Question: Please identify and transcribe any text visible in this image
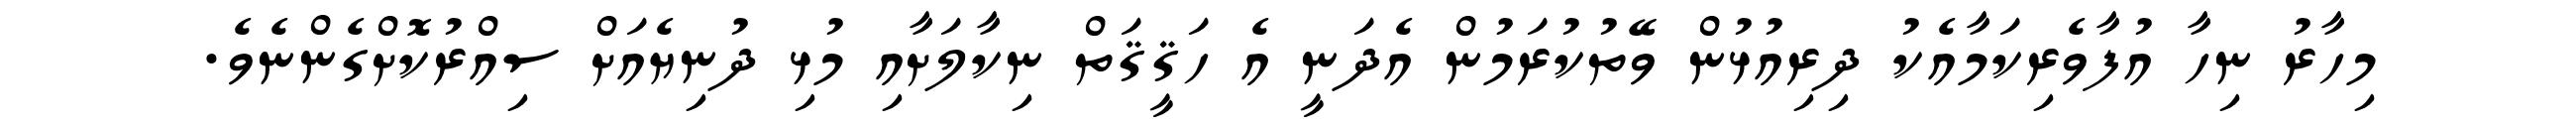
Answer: މިހާރު ނިހާ އުފާވެރިކަމާއެކު ދިރިއުޅުން ވޭތުކުރަމުން އެދަނީ އެ ހަޤީޤަތް ނިކާލަށާއި މުޅި ދުނިޔެއަށް ސިއްރުކޮށްގެންނެވެ.